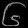
Digit: ၆